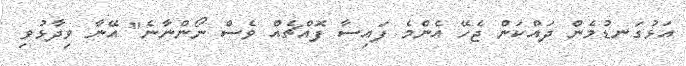
އަޅުގަނޑުމެން ދައްކަން ޖެހޭ އެންމެ ފައިސާ ފޮއްޗެއް ވެސް ނޯންނާނެ" އޭނާ ވިދާޅުވި